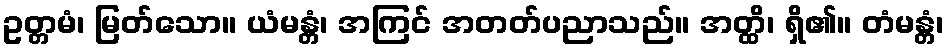
ဥတ္တမံ၊ မြတ်သော။ ယံမန္တံ၊ အကြင် အတတ်ပညာသည်။ အတ္ထိ၊ ရှိ၏။ တံမန္တံ၊